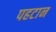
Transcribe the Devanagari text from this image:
पहटान